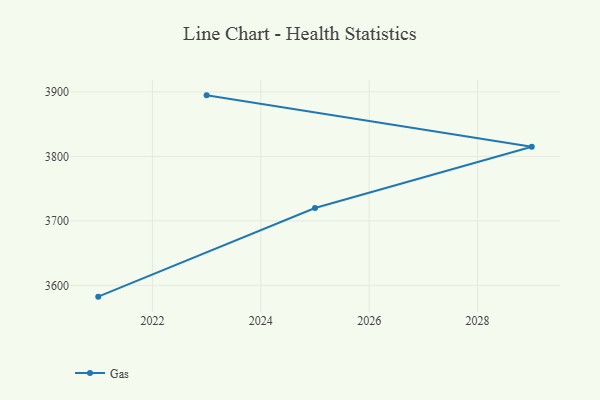
{"axis": {"x": "Year", "y": "Revenue (USD Million)"}, "legend": ["Gas"], "data": [{"x": "2021", "y": 3582.5, "type": "Gas"}, {"x": "2025", "y": 3719.9, "type": "Gas"}, {"x": "2029", "y": 3815.0, "type": "Gas"}, {"x": "2023", "y": 3894.7, "type": "Gas"}]}